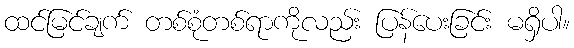
ထင်မြင်ချက် တစ်စုံတစ်ရာကိုလည်း ပြန်ပေးခြင်း မရှိပါ။